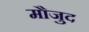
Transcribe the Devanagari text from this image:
माैजुद